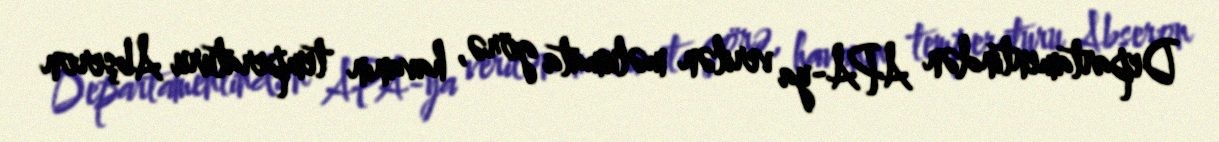
Departamentindən APA-ya verilən məlumata görə, havanın temperaturu Abşeron